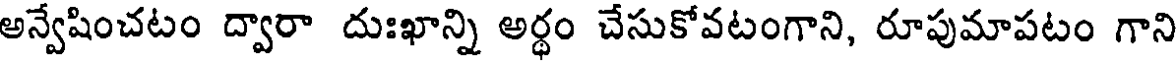
అన్వేషించటం ద్వారా దుఃఖాన్ని అర్ధం చేసుకోవటంగాని, రూపుమాపటం గాని